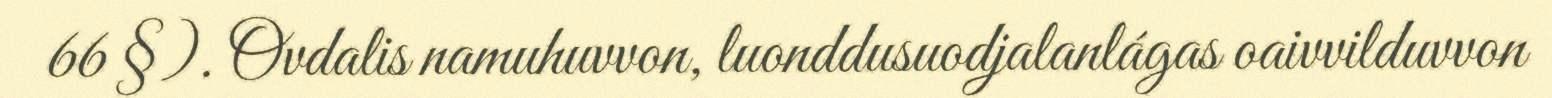
66 §). Ovdalis namuhuvvon, luonddusuodjalanlágas oaivvilduvvon